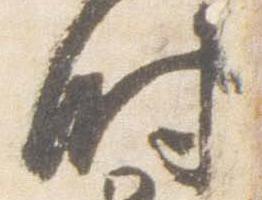
時